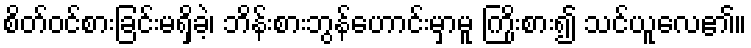
စိတ်ဝင်စားခြင်းမရှိခဲ့၊ ဘိန်းစားဘွန်ဟောင်းမှာမူ ကြိုးစား၍ သင်ယူလေ၏။